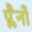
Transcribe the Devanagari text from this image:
प्लैनों